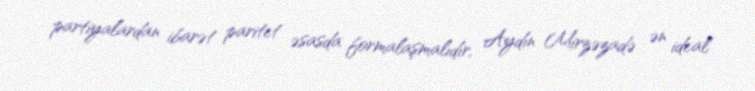
partiyalardan ibarət paritet əsasda formalaşmalıdır, Aydın Mirzəzadə ən ideal